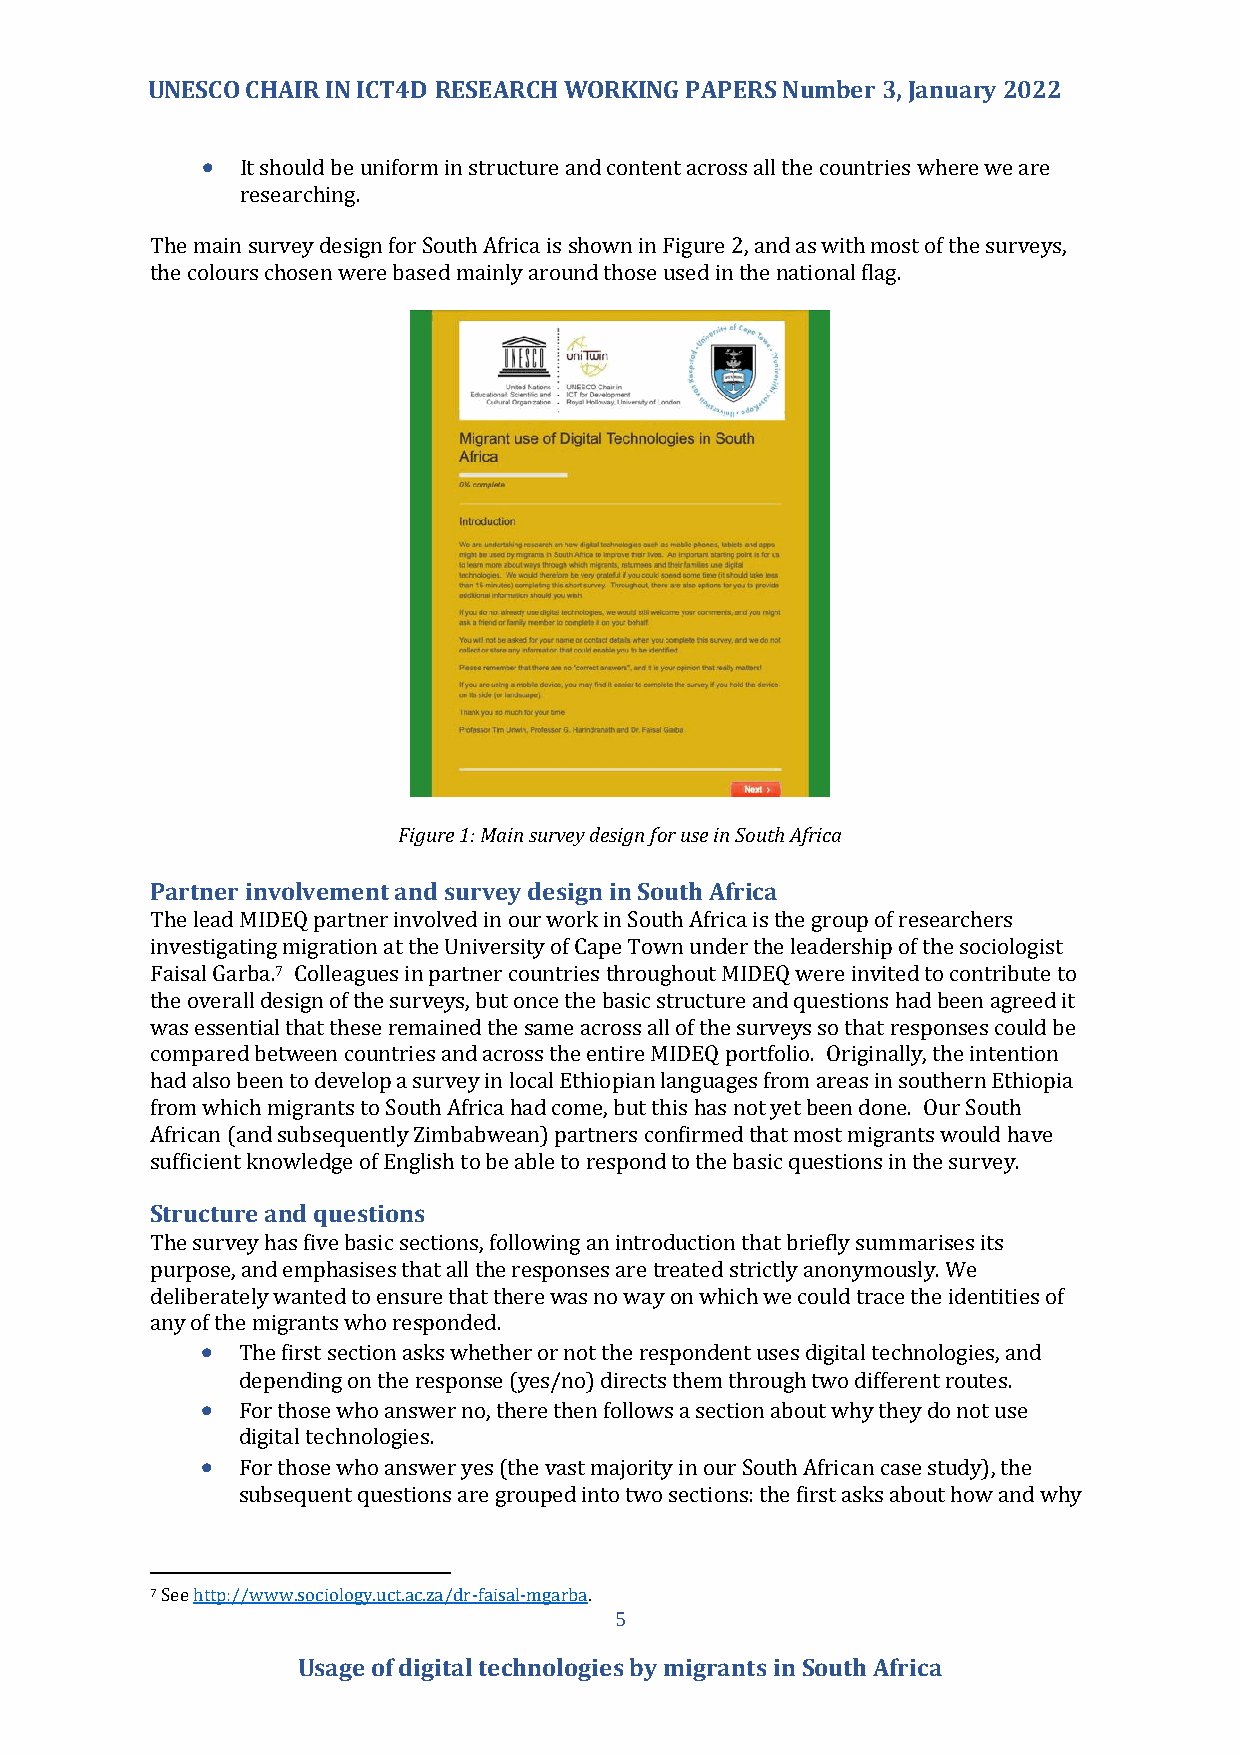
UNESCO CHAIR IN ICT4D RESEARCH WORKING PAPERS Number 3, January 2022
 •  It should be uniform in structure and content across all the countries where we are
 researching.
 The main survey design for South Africa is shown in Figure 2, and as with most of the surveys,
 the colours chosen were based mainly around those used in the national flag.
 Figure 1: Main survey design for use in South Africa
 Partner involvement and survey design in South Africa
 The lead MIDEQ partner involved in our work in South Africa is the group of researchers
 investigating migration at the University of Cape Town under the leadership of the sociologist
 Faisal Garba.7 Colleagues in partner countries throughout MIDEQ were invited to contribute to
 the overall design of the surveys, but once the basic structure and questions had been agreed it
 was essential that these remained the same across all of the surveys so that responses could be
 compared between countries and across the entire MIDEQ portfolio. Originally, the intention
 had also been to develop a survey in local Ethiopian languages from areas in southern Ethiopia
 from which migrants to South Africa had come, but this has not yet been done. Our South
 African (and subsequently Zimbabwean) partners confirmed that most migrants would have
 sufficient knowledge of English to be able to respond to the basic questions in the survey.
 Structure and questions
 The survey has five basic sections, following an introduction that briefly summarises its
 purpose, and emphasises that all the responses are treated strictly anonymously. We
 deliberately wanted to ensure that there was no way on which we could trace the identities of
 any of the migrants who responded.
 •  The first section asks whether or not the respondent uses digital technologies, and
 depending on the response (yes/no) directs them through two different routes.
 •  For those who answer no, there then follows a section about why they do not use
 digital technologies.
 •  For those who answer yes (the vast majority in our South African case study), the
 subsequent questions are grouped into two sections: the first asks about how and why
 7 See http://www.sociology.uct.ac.za/dr-faisal-mgarba.
 5
 Usage of digital technologies by migrants in South Africa